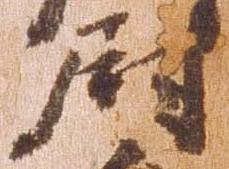
尉